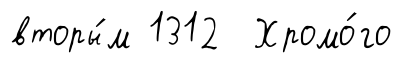
вторы́м 1312 Хромо́го